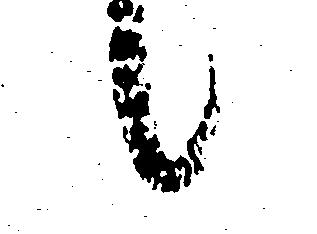
候